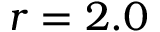
r = 2 . 0